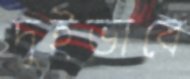
দুইভাবে